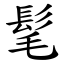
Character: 髦